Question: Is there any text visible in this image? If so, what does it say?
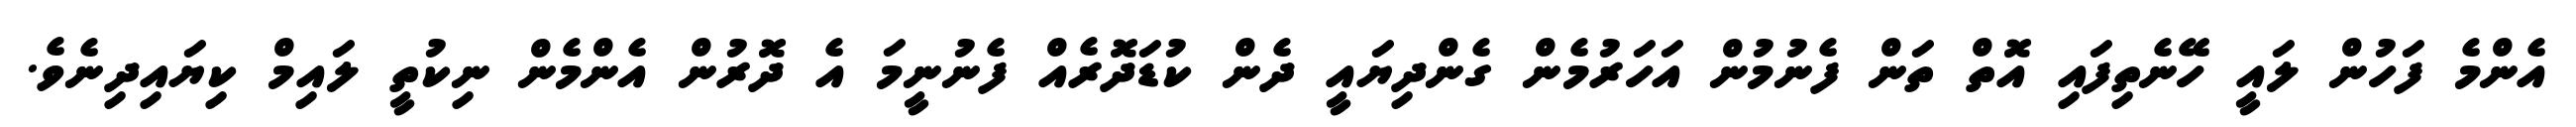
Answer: އެންމެ ފަހުން ލައީ ހޭނެތިފައި އޮތް ތަން ފެނުމުން އަހަރުމެން ގެންދިޔައީ ދެން ކުޑަދޮރެއް ފެނުނީމަ އެ ދޮރުން އެންމެން ނިކުތީ ލައިމް ކިޔައިދިނެވެ.